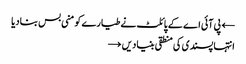
← پی آئی اے کے پائلٹ نے طیارے کو منی بس بنادیا
انتہا پسندی کی منطقی بنیادیں →